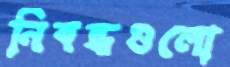
নিবন্ধগুলো